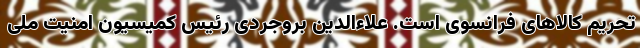
تحریم کالاهای فرانسوی است. علاءالدین بروجردی رئیس کمیسیون امنیت ملی